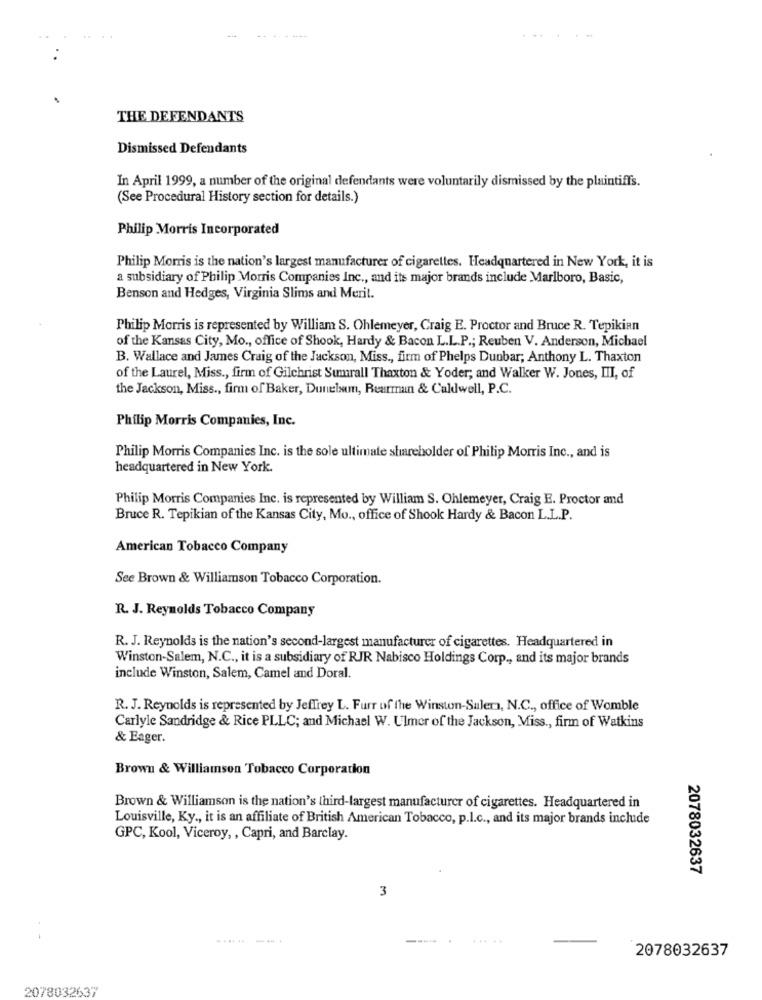
THE DEFENDANTS
Dismissed Defendants
In April 1999, a number of the original defendants were voluntarily dismissed by the plaintiffs.
(See Procedural History section for details.)
Philip Morris Incorporated
Philip Morris is the nation's largest manufacturer of cigarettes. Headquartered in New York, it is
a subsidiary of Philip Morris Companies Inc ., and its major brands include Marlboro, Basic,
Benson and Hedges, Virginia Slims and Merit.
Philip Morris is represented by William S. Ohlemeyer, Craig E. Proctor and Bruce R. Tepikian
of the Kansas City, Mo ., office of Shook, Hardy & Bacon L.L.P .; Reuben V. Anderson, Michael
B. Wallace and James Craig of the Jackson, Miss ., firm of Phelps Dunbar; Anthony L. Thaxton
of the Laurel, Miss ., firm of Gilchrist Sumrall Thaxton & Yoder; and Walker W. Jones, III, of
the Jackson, Miss ., firm of Baker, Dunelsun, Rearman & Caldwell, P.C.
Philip Morris Companies, Inc.
Philip Morris Companies Inc. is the sole ultimate shareholder of Philip Morris Inc ., and is
headquartered in New York.
Philip Morris Companies Inc. is represented by William S. Ohlemeyer, Craig E. Proctor and
Bruce R. Tepikian of the Kansas City, Mo ., office of Shook Hardy & Bacon L.L.P.
American Tobacco Company
See Brown & Williamson Tobacco Corporation.
R. J. Reynolds Tobacco Company
R. J. Reynolds is the nation's second-largest manufacturer of cigarettes. Headquartered in
Winston-Salem, N.C ., it is a subsidiary of RJR Nabisco Holdings Corp ., and its major brands
include Winston, Salem, Camel and Doral.
R. J. Reynolds is represented by Jeffrey L. Furr of the Winston-Salem, N.C ., office of Womble
Carlyle Sandridge & Rice PLLC; and Michael W. Ulmer of the Jackson, Miss ., firm of Watkins
& Eager.
Brown & Williamson Tobacco Corporation
Brown & Williamson is the nation's third-largest manufacturer of cigarettes. Headquartered in
Louisville, Ky ., it is an affiliate of British American Tobacco, p.l.c ., and its major brands include
GPC, Kool, Viceroy ,, Capri, and Barclay.
2078032637
3
......-...
2078032637
2078032637